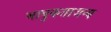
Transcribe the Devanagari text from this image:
भावुकताजन्य